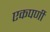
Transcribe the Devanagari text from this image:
एकपर्णी